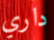
داري